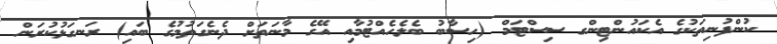
ކުންފުނިތަކުގެ އެކައުންޓިންގ ސިސްޓަމް (ހިސާބު ބެލެހެއްޓުމާއި އޭގެ މާނަތަށް ދެނެގަތުމުގެ ބައި) ރަނގަޅުކުރަން